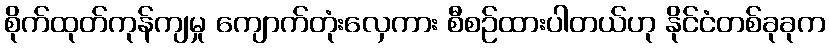
စိုက်ထုတ်ကုန်ကျမှု ကျောက်တုံးလှေကား စီစဉ်ထားပါတယ်ဟု နိုင်ငံတစ်ခုခုက